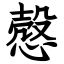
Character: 慤